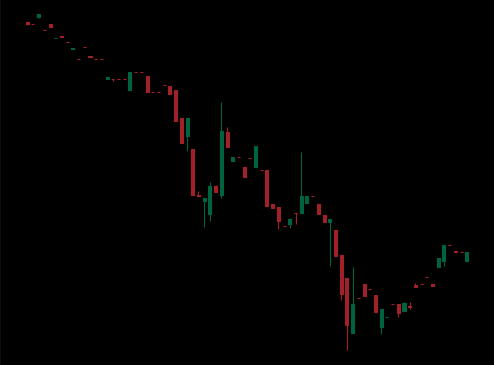
Pattern: bull_flag